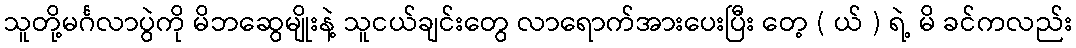
သူတို့မင်္ဂလာပွဲကို မိဘဆွေမျိုးနဲ့ သူငယ်ချင်းတွေ လာရောက်အားပေးပြီး တေ့ ( ယ် ) ရဲ့ မိ ခင်ကလည်း